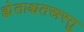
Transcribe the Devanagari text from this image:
ह्येताश्चतस्रस्तु